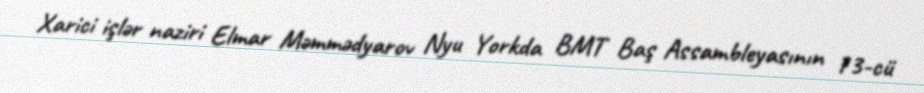
Xarici işlər naziri Elmar Məmmədyarov Nyu Yorkda BMT Baş Assambleyasının 73-cü